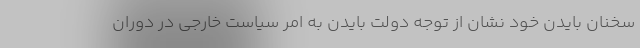
سخنان بایدن خود نشان از توجه دولت بایدن به امر سیاست خارجی در دوران